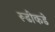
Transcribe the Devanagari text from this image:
रूढींकडे